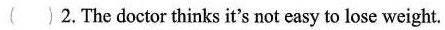
( ) 2. The doctor thinks it's not easy to lose weight.